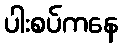
ပါးစပ်ကနေ